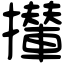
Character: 攆